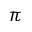
\pi